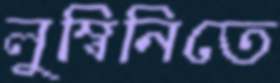
লুম্বিনিতে